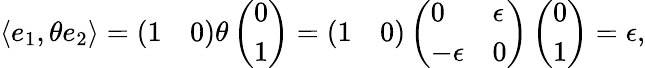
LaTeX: \langle e_{1},\theta e_{2}\rangle=\left(\begin{array}{ll}{1}&{0}\end{array}\right)\theta\left(\begin{array}{l}{0}\\ {1}\end{array}\right)=\left(\begin{array}{ll}{1}&{0}\end{array}\right)\left(\begin{array}{ll}{0}&{\epsilon}\\ {-\epsilon}&{0}\end{array}\right)\left(\begin{array}{l}{0}\\ {1}\end{array}\right)=\epsilon,